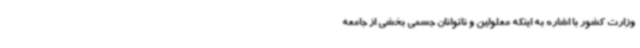
وزارت کشور با اشاره به اینکه معلولین و ناتوانان جسمی بخشی از جامعه